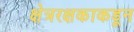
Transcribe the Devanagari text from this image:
क्षेत्ररक्षकाकडून